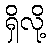
ရှိလို့